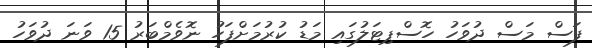
ފަސް މަސް ދުވަހު ހޮސްޕިޓަލުގައި މަޑު ކުރުމަށްފަހު ނޮވެމްބަރު 15 ވަނަ ދުވަހު